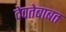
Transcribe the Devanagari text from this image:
देवतेबाबत